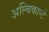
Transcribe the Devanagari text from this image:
अल्बिकान्टे